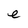
Character: e